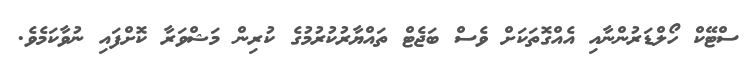
ސްޓޭކް ހޯލްޑަރުންނާއި އެއްގޮތަކަށް ވެސް ބަޖެޓް ތައްޔާރުކުރުމުގެ ކުރިން މަޝްވަރާ ކޮށްފައި ނުވާކަމެވެ.